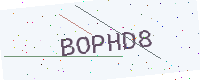
Text: BOPHD8